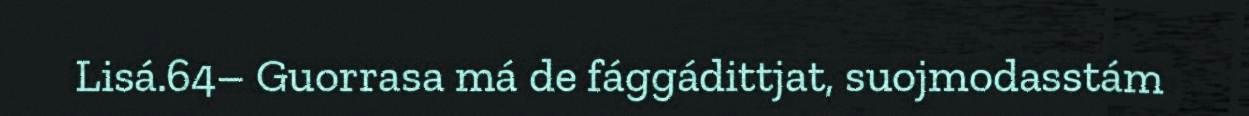
Lisá.64– Guorrasa má de fággádittjat, suojmodasstám